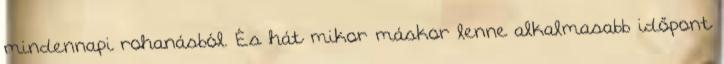
mindennapi rohanásból. És hát mikor máskor lenne alkalmasabb időpont